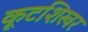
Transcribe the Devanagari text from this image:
कूटशिखर